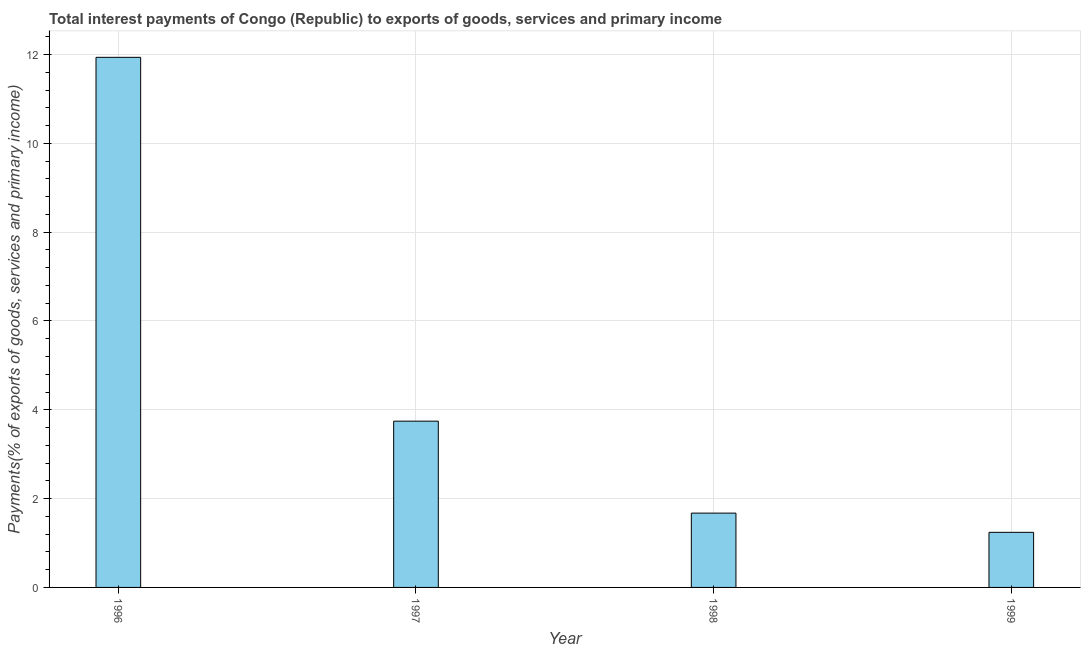
| Year | Interest payments on external debt |
 | --- | --- |
 | 1996 | 11.9 |
 | 1997 | 3.74 |
 | 1998 | 1.67 |
 | 1999 | 1.24 |